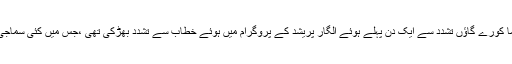
پولیس کا دعویٰ ہے کہ بھیما کورے گاؤں تشدد سے ایک دن پہلے ہوئے الگار پریشد کے پروگرام میں ہوئے خطاب سے تشدد بھڑکی تھی ،جس میں کئی سماجی کارکنوں نے حصہ لیا تھا۔